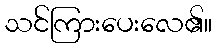
သင်ကြားပေးလေ၏။